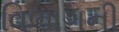
વિભાગની